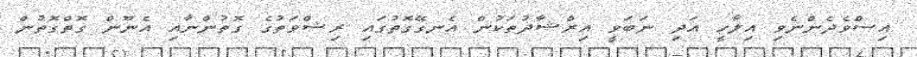
އިސްވެދެންނެވި އިލާހީ އަދި ނަބަވީ އިރްޝާދުތަކުން އެނގޭގޮތުގައި ރިޝްވަތުގެ ގޮތުންނާއި އެނޫން ގޮތްގޮތުން